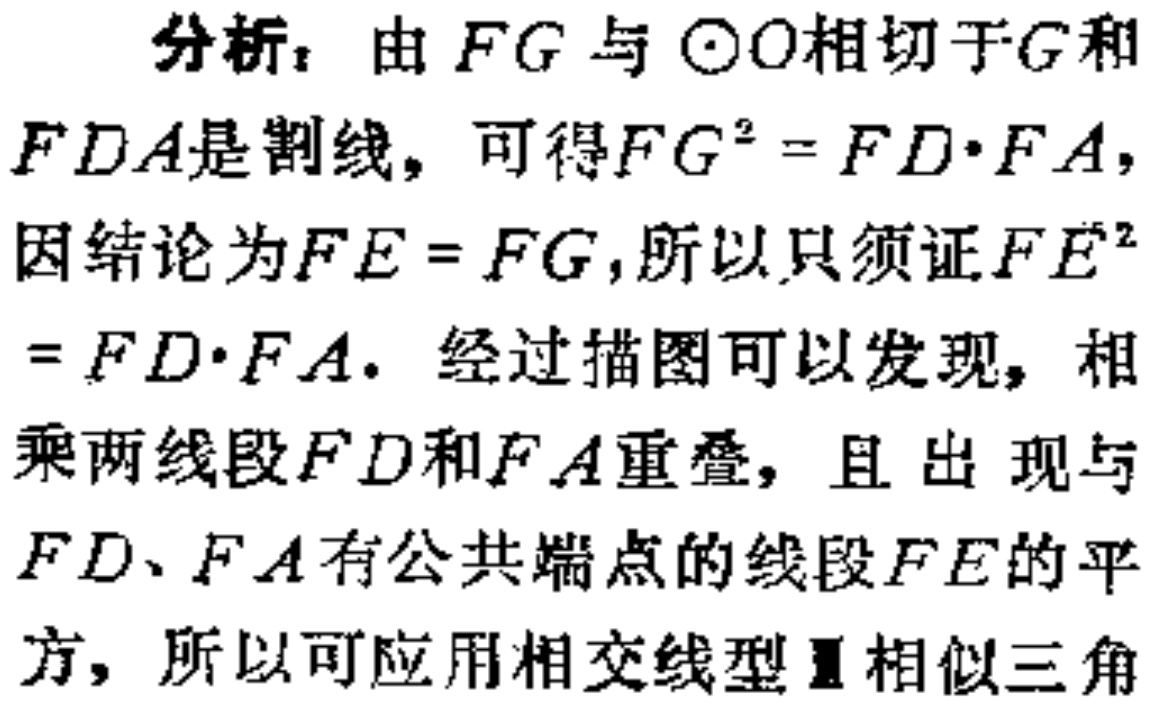
分析：由 \(FG\) 与 \(\odot O\) 相切于 \(G\) 和 \(FDA\) 是割线，可得 \(FG^{2}=FD\cdot FA\)，因结论为 \(FE = FG\)，所以只须证 \(FE^{2}=FD\cdot FA\)。经过描图可以发现，相乘两线段 \(FD\) 和 \(FA\) 重叠，且出现与 \(FD\)、\(FA\) 有公共端点的线段 \(FE\) 的平方，所以可应用相交线型Ⅱ相似三角